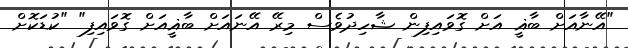
"އޭނާއަށް ބާޣީ އަށް ގޮވައިފިން ޝާހިދުވެސް މިރޭ އޭނައަށް ބާޣީއަށް ގޮވައިފި" "ކުޑަކޮށް